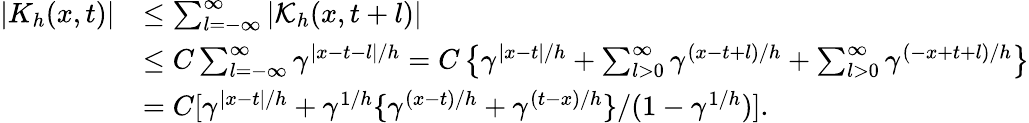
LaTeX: \begin{array}{rl}{\left|{K}_{h}(x,t)\right|}&{\leq\sum_{l=-\infty}^{\infty}\left|\mathcal{K}_{h}(x,t+l)\right|}\\ &{\leq C\sum_{l=-\infty}^{\infty}\gamma^{|x-t-l|/h}=C\left\{ \gamma^{|x-t|/h}+\sum_{l>0}^{\infty}\gamma^{(x-t+l)/h}+\sum_{l>0}^{\infty}\gamma^{(-x+t+l)/h}\right\} }\\ &{=C[\gamma^{|x-t|/h}+\gamma^{1/h}\{ \gamma^{(x-t)/h}+\gamma^{(t-x)/h}\} /(1-\gamma^{1/h})].}\end{array}